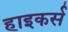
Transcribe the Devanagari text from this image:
हाइकर्स